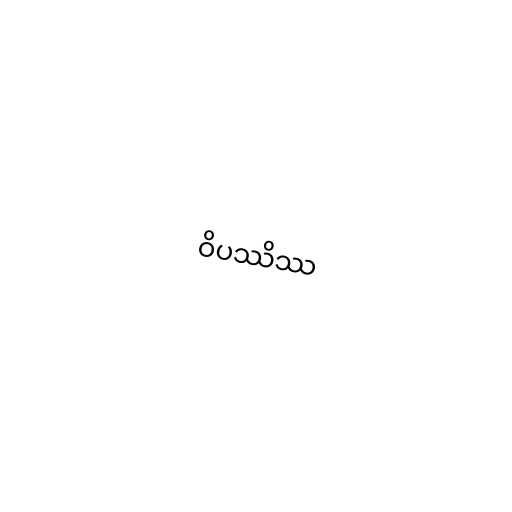
ဝိပဿိဿ